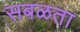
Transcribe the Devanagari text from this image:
सबळता